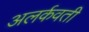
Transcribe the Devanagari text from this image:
अलर्कवती